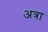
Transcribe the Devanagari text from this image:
अत्रा